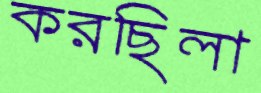
করছিলা